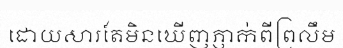
ដោយសារតែមិនឃើញភ្ញាក់ពីព្រលឹម